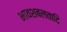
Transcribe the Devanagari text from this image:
भावशबलतादि